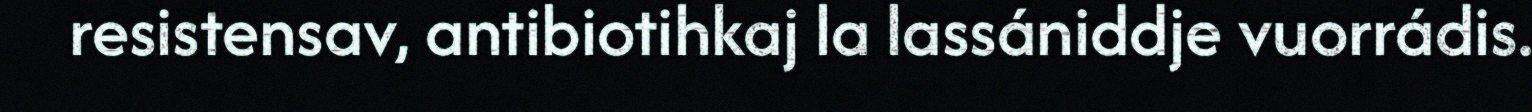
resistensav, antibiotihkaj la lassániddje vuorrádis.